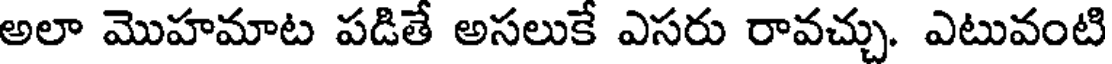
అలా మొహమాట పడితే అసలుకే ఎసరు రావచ్చు. ఎటువంటి